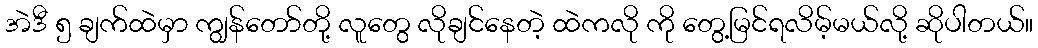
အဲဒီ ၅ ချက်ထဲမှာ ကျွန်တော်တို့ လူတွေ လိုချင်နေတဲ့ ထဲကလို ကို တွေ့မြင်ရလိမ့်မယ်လို့ ဆိုပါတယ်။